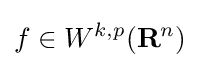
f\in W^{k,p}(\mathbf {R} ^{n})